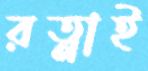
রত্নাই